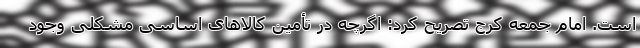
است. امام جمعه کرج تصریح کرد: اگرچه در تأمین کالاهای اساسی مشکلی وجود